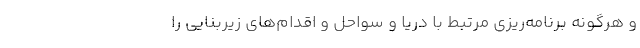
و هرگونه برنامه‌ریزی مرتبط با دریا و سواحل و اقدام‌های زیربنایی را